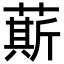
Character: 䔮